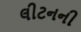
લીટનની